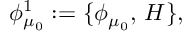
\phi _ { \mu _ { 0 } } ^ { 1 } : = \{ \phi _ { \mu _ { 0 } } , \, H \} ,